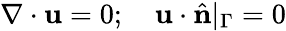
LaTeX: \nabla\cdot\mathbf{u}=0;\quad\mathbf{u}\cdot\hat{\mathbf{n}}|_{\Gamma}=0